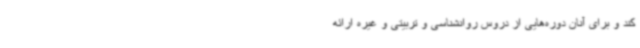
کند و برای آنان دوره‌هایی از دروس روانشناسی و تربیتی و غیره ارائه